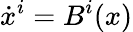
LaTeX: \dot{x}^{i}=B^{i}(x)